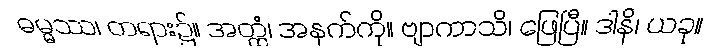
ဓမ္မဿ၊ တရား၌။ အတ္ထံ၊ အနက်ကို။ ဗျာကာသိ၊ ဖြေပြီ။ ဒါနိ၊ ယခု။